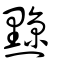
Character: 黥